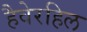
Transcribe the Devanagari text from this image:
हैवेरहिल